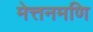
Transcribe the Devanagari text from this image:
मेत्तनमणि